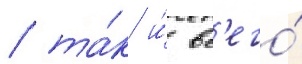
/ та́к и́ вс'его́